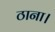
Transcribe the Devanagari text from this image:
ठाना।